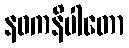
နဝကနိပါတော